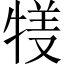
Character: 𤚇